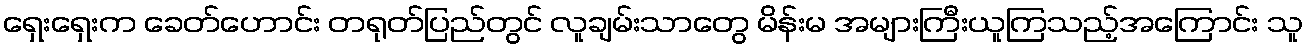
ရှေးရှေးက ခေတ်ဟောင်း တရုတ်ပြည်တွင် လူချမ်းသာတွေ မိန်းမ အများကြီးယူကြသည့်အကြောင်း သူ